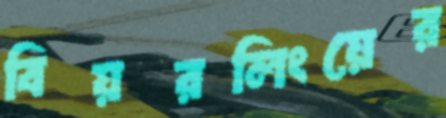
বিয়রলিংয়ের